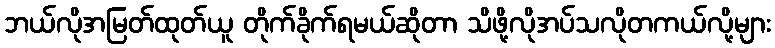
ဘယ်လိုအမြတ်ထုတ်ယူ တိုက်ခိုက်ရမယ်ဆိုတာ သိဖို့လိုအပ်သလိုတကယ်လို့များ